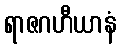
ရာဇဂဟီယာနံ